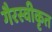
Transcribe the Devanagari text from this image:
गैरस्वीकृत